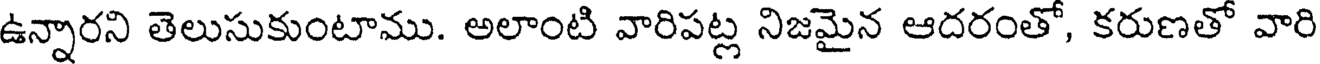
ఉన్నారని తెలుసుకుంటాము. అలాంటి వారిపట్ల నిజమైన ఆదరంతో, కరుణతో వారి